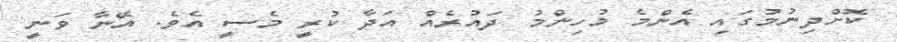
ކޮށްދިނުމުގައި އެންމެ މުހިންމު ދައުރެއް އަދާ ކުރީ މެސީ އެވެ. އޭނާ ވަނީ